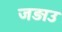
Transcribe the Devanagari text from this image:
जड़ाउ